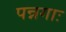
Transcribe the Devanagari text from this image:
पन्नगाः